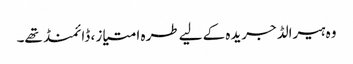
وہ ہیرالڈ جریدہ کے لیے طرہ امتیاز ، ڈائمنڈ تھے۔